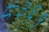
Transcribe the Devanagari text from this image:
८३६१